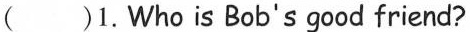
( )1. Who is Bob's good friend?